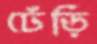
ঢেঁড়ি